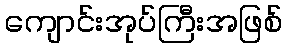
ကျောင်းအုပ်ကြီးအဖြစ်